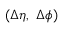
( \Delta \eta , \ \Delta \phi )